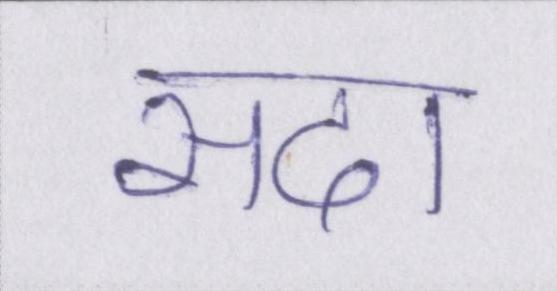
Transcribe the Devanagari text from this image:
सदा